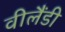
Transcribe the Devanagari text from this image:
वीलैंडी